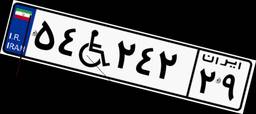
۵۴W۲۴۲۲۹